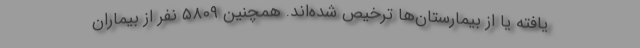
یافته یا از بیمارستان‌ها ترخیص شده‌اند. همچنین ۵۸۰۹ نفر از بیماران